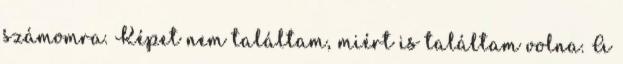
számomra. Képet nem találtam, miért is találtam volna. A